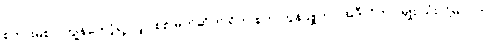
စကားမစပ် ကျွန်တော့်ရဲ့ လျှပ်စစ် မုတ်ဆိတ် ရိတ် စက် ကွန်ပျူတာ အဲဒီလိုဟာ မျိုး သုံးလို့မလား။